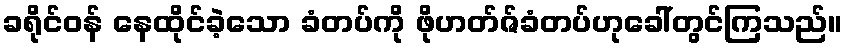
ခရိုင်ဝန် နေထိုင်ခဲ့သော ခံတပ်ကို ဖိုဟတ်ဇ်ခံတပ်ဟုခေါ်တွင်ကြသည်။